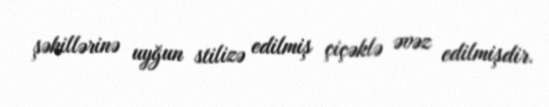
şəkillərinə uyğun stilizə edilmiş çiçəklə əvəz edilmişdir.